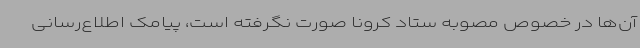
آن‌ها در خصوص مصوبه ستاد کرونا صورت نگرفته است، پیامک اطلاع‌رسانی